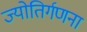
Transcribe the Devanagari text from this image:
ज्योतिर्गणना